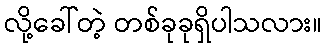
လို့ခေါ်တဲ့ တစ်ခုခုရှိပါသလား။